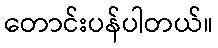
တောင်းပန်ပါတယ်။